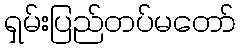
ရှမ်းပြည်တပ်မတော်